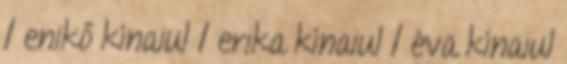
1 enikő kínaiul 1 erika kínaiul 1 éva kínaiul